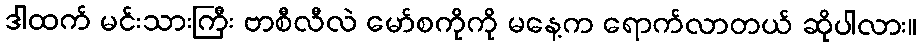
ဒါထက် မင်းသားကြီး ဗာစီလီလဲ မော်စကိုကို မနေ့က ရောက်လာတယ် ဆိုပါလား။